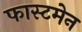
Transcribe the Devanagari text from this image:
फास्टमेन